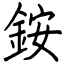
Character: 銨